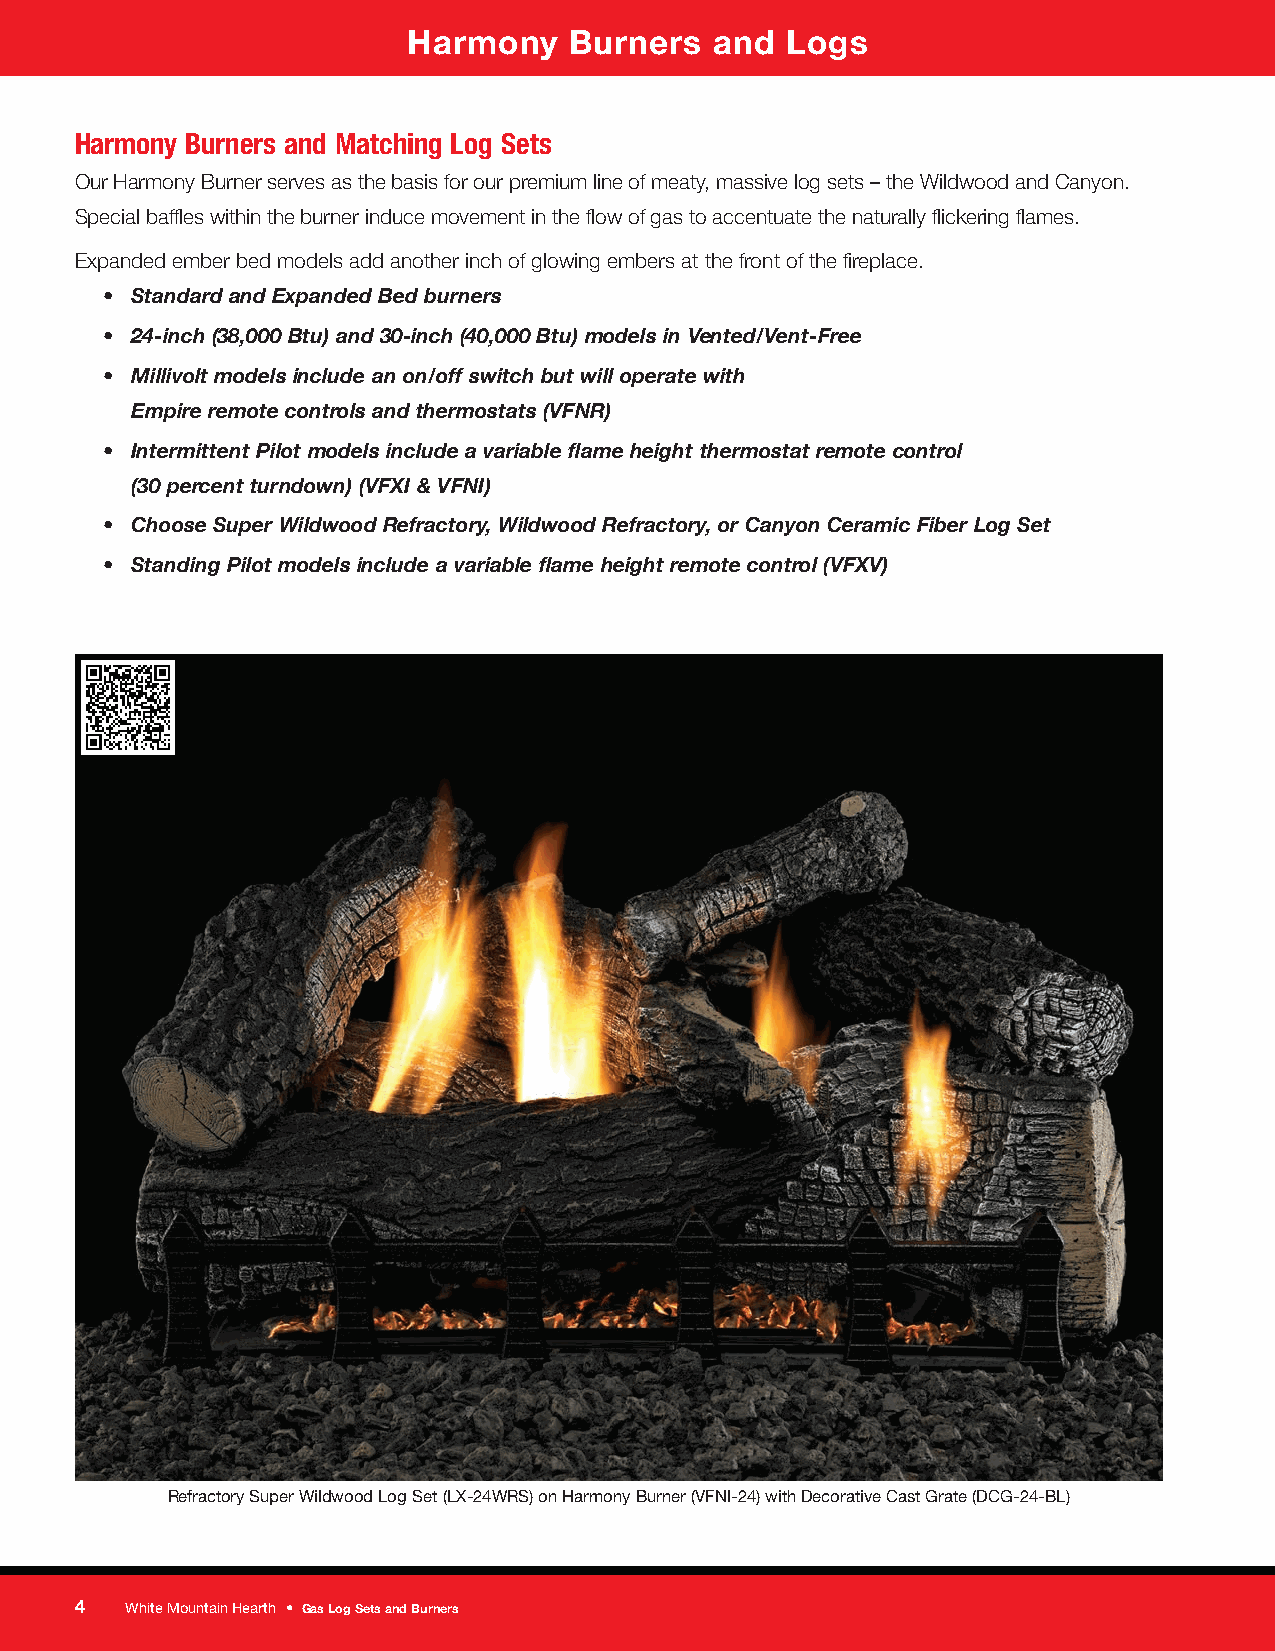
Harmony    Burners  and  Logs
 Harmony Burners and Matching Log Sets
 Our Harmony Burner serves as the basis for our premium line of meaty, massive log sets – the Wildwood and Canyon.
 Special baffles within the burner induce movement in the flow of gas to accentuate the naturally flickering flames.
 Expanded ember bed models add another inch of glowing embers at the front of the fireplace.
 • Standard and Expanded Bed burners
 • 24-inch (38,000 Btu) and 30-inch (40,000 Btu) models in Vented/Vent-Free
 • Millivolt models include an on/off switch but will operate with
 Empire remote controls and thermostats (VFNR)
 • Intermittent Pilot models include a variable flame height thermostat remote control
 (30 percent turndown) (VFXI & VFNI)
 • Choose Super Wildwood Refractory, Wildwood Refractory, or Canyon Ceramic Fiber Log Set
 • Standing Pilot models include a variable flame height remote control (VFXV)
 Refractory Super Wildwood Log Set (LX-24WRS) on Harmony Burner (VFNI-24) with Decorative Cast Grate (DCG-24-BL)
 4  White Mountain Hearth • Gas Log Sets and Burners